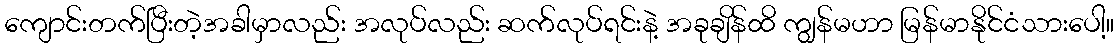
ကျောင်းတက်ပြီးတဲ့အခါမှာလည်း အလုပ်လည်း ဆက်လုပ်ရင်းနဲ့ အခုချိန်ထိ ကျွန်မဟာ မြန်မာနိုင်ငံသားပေါ့။